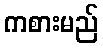
ကစားမည်